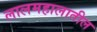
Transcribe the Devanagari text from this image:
लालमहालातील